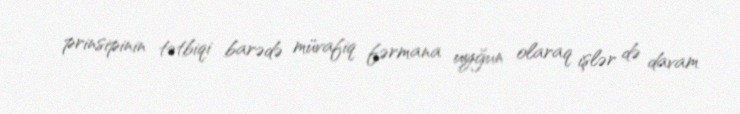
prinsipinin tətbiqi barədə müvafiq fərmana uyğun olaraq işlər də davam